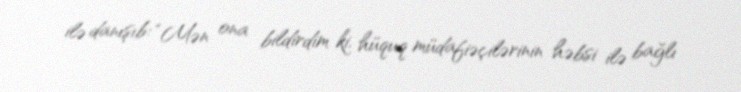
ilə danışıb: “Mən ona bildirdim ki, hüquq müdafiəçilərinin həbsi ilə bağlı